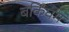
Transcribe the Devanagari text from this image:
बर्किंघम